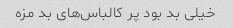
خیلی بد بود پر کالباس‌های بد مزه